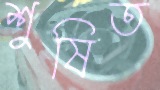
শুষিত